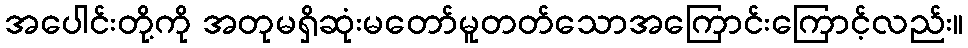
အပေါင်းတို့ကို အတုမရှိဆုံးမတော်မူတတ်သောအကြောင်းကြောင့်လည်း။